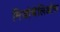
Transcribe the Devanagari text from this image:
मिजोथेलिओमा